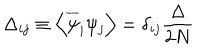
\Delta _ { i j } \equiv \left\langle \overline { { { \psi } } } _ { i } \psi _ { j } \right\rangle = \delta _ { i j } \frac { \Delta } { 2 N }